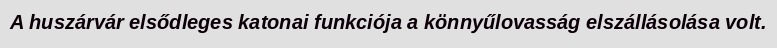
A huszárvár elsődleges katonai funkciója a könnyűlovasság elszállásolása volt.